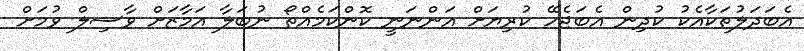
އެބަދަލުތަކާއެކު ކުދިން އެބަޖެހޭ ކުރިޔަށް އަންނަނީ ކޮންކަމެއްތޯ ނުބަލާ އަމާޒަށް ވާސިލް ވުމަށް